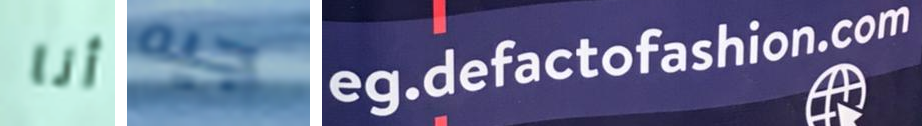
أنا جيه eg.defactofashion.com